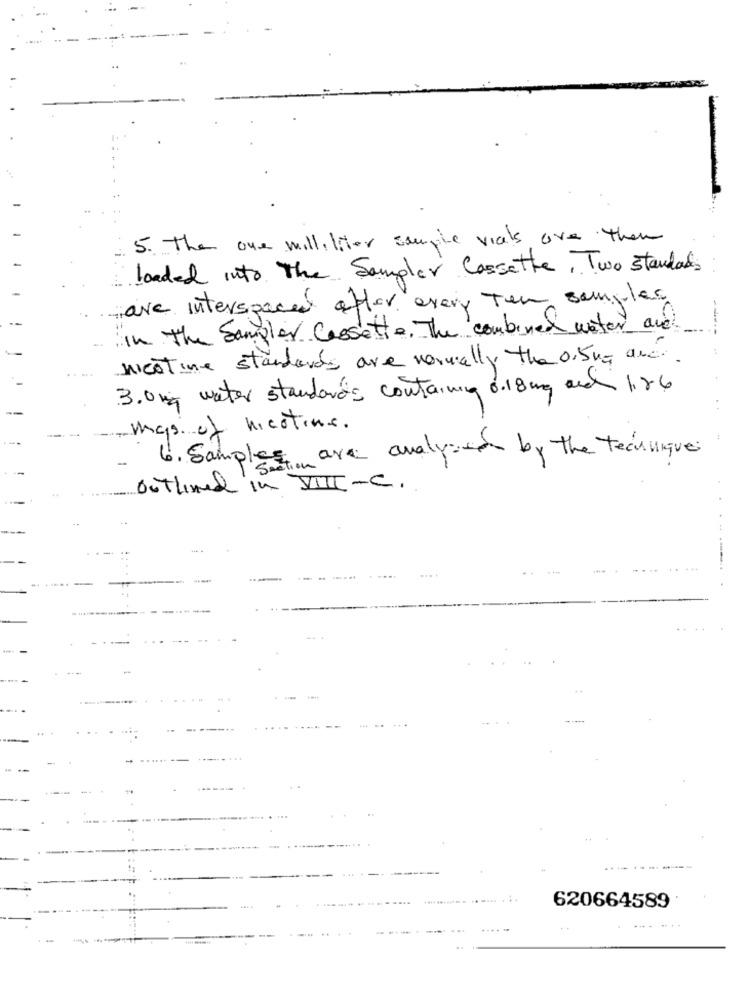
5. The one milliliter sample vials are then
loaded into The Sampler Cassette, Two standards
are interspaced after every Ten samples
In The Sampler Cassette. The combined water and
nicotine standards are normally the 0,5 mg and.
3.0mg water standards containing 0.18mg and 1186
. .
mas of nicotins.
6. Samples are analy by the techniques
outlined in VIII-C.
.-
620664589